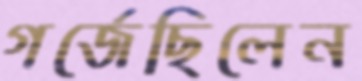
গর্জেছিলেন